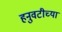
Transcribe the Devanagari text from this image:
हनुवटीच्या